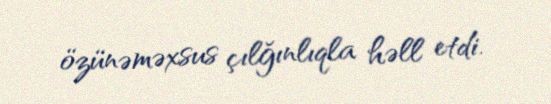
özünəməxsus çılğınlıqla həll etdi.